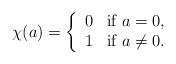
\begin{align*} \chi (a) = \left\{ \begin{array}{ll} 0 & \mbox{if $a = 0$}, \\ 1 & \mbox{if $a \not =0$}. \end{array} \right. \end{align*}